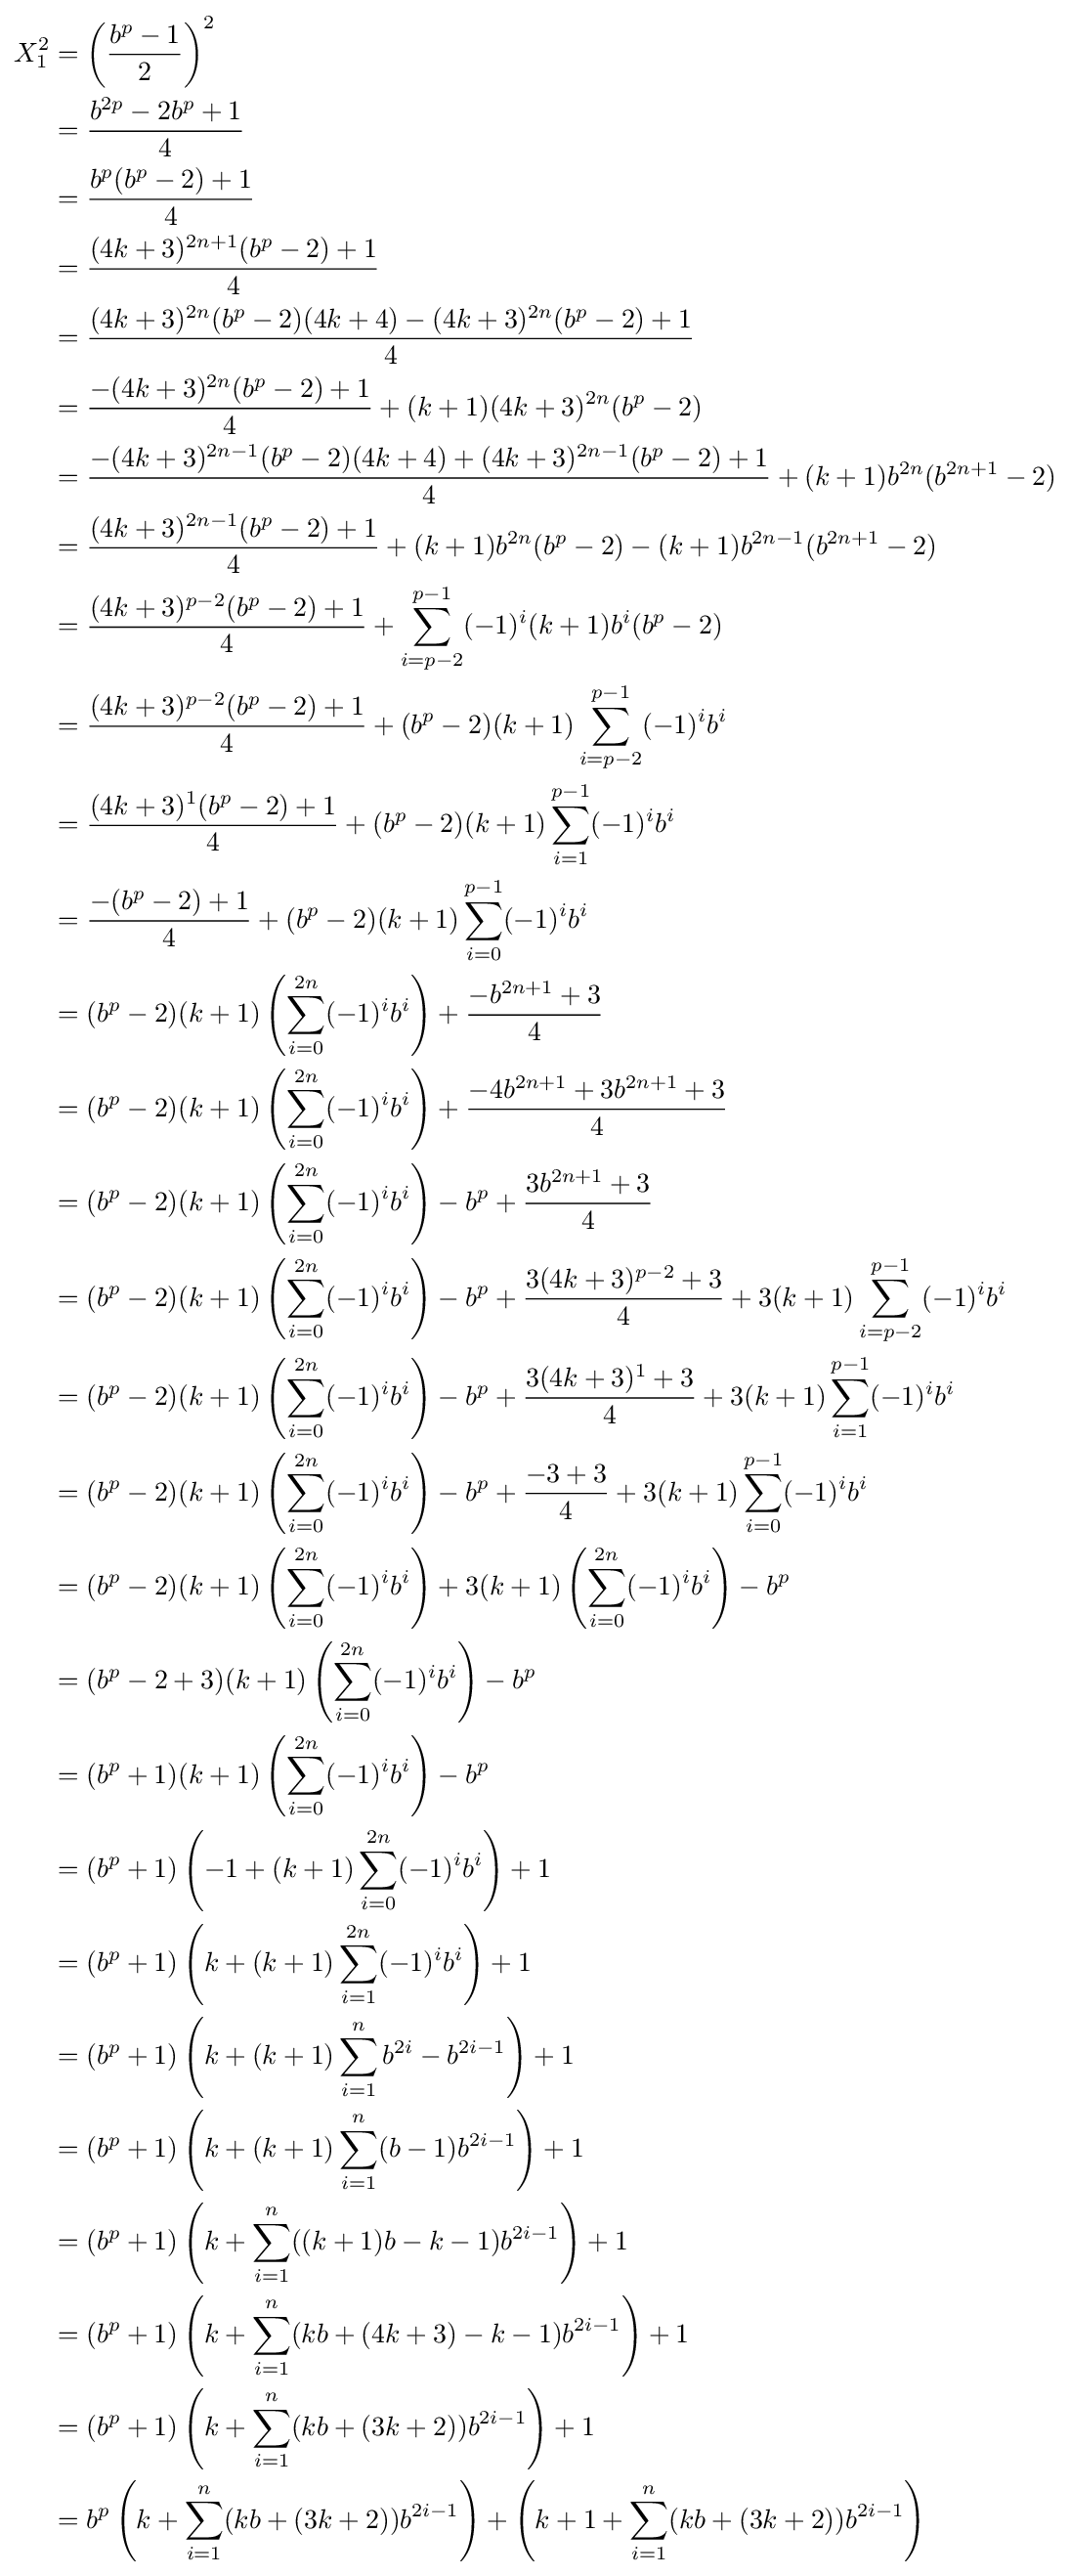
{\begin{aligned}X_{1}^{2}&=\left({\frac {b^{p}-1}{2}}\right)^{2}\\&={\frac {b^{2p}-2b^{p}+1}{4}}\\&={\frac {b^{p}(b^{p}-2)+1}{4}}\\&={\frac {(4k+3)^{2n+1}(b^{p}-2)+1}{4}}\\&={\frac {(4k+3)^{2n}(b^{p}-2)(4k+4)-(4k+3)^{2n}(b^{p}-2)+1}{4}}\\&={\frac {-(4k+3)^{2n}(b^{p}-2)+1}{4}}+(k+1)(4k+3)^{2n}(b^{p}-2)\\&={\frac {-(4k+3)^{2n-1}(b^{p}-2)(4k+4)+(4k+3)^{2n-1}(b^{p}-2)+1}{4}}+(k+1)b^{2n}(b^{2n+1}-2)\\&={\frac {(4k+3)^{2n-1}(b^{p}-2)+1}{4}}+(k+1)b^{2n}(b^{p}-2)-(k+1)b^{2n-1}(b^{2n+1}-2)\\&={\frac {(4k+3)^{p-2}(b^{p}-2)+1}{4}}+\sum _{i=p-2}^{p-1}(-1)^{i}(k+1)b^{i}(b^{p}-2)\\&={\frac {(4k+3)^{p-2}(b^{p}-2)+1}{4}}+(b^{p}-2)(k+1)\sum _{i=p-2}^{p-1}(-1)^{i}b^{i}\\&={\frac {(4k+3)^{1}(b^{p}-2)+1}{4}}+(b^{p}-2)(k+1)\sum _{i=1}^{p-1}(-1)^{i}b^{i}\\&={\frac {-(b^{p}-2)+1}{4}}+(b^{p}-2)(k+1)\sum _{i=0}^{p-1}(-1)^{i}b^{i}\\&=(b^{p}-2)(k+1)\left(\sum _{i=0}^{2n}(-1)^{i}b^{i}\right)+{\frac {-b^{2n+1}+3}{4}}\\&=(b^{p}-2)(k+1)\left(\sum _{i=0}^{2n}(-1)^{i}b^{i}\right)+{\frac {-4b^{2n+1}+3b^{2n+1}+3}{4}}\\&=(b^{p}-2)(k+1)\left(\sum _{i=0}^{2n}(-1)^{i}b^{i}\right)-b^{p}+{\frac {3b^{2n+1}+3}{4}}\\&=(b^{p}-2)(k+1)\left(\sum _{i=0}^{2n}(-1)^{i}b^{i}\right)-b^{p}+{\frac {3(4k+3)^{p-2}+3}{4}}+3(k+1)\sum _{i=p-2}^{p-1}(-1)^{i}b^{i}\\&=(b^{p}-2)(k+1)\left(\sum _{i=0}^{2n}(-1)^{i}b^{i}\right)-b^{p}+{\frac {3(4k+3)^{1}+3}{4}}+3(k+1)\sum _{i=1}^{p-1}(-1)^{i}b^{i}\\&=(b^{p}-2)(k+1)\left(\sum _{i=0}^{2n}(-1)^{i}b^{i}\right)-b^{p}+{\frac {-3+3}{4}}+3(k+1)\sum _{i=0}^{p-1}(-1)^{i}b^{i}\\&=(b^{p}-2)(k+1)\left(\sum _{i=0}^{2n}(-1)^{i}b^{i}\right)+3(k+1)\left(\sum _{i=0}^{2n}(-1)^{i}b^{i}\right)-b^{p}\\&=(b^{p}-2+3)(k+1)\left(\sum _{i=0}^{2n}(-1)^{i}b^{i}\right)-b^{p}\\&=(b^{p}+1)(k+1)\left(\sum _{i=0}^{2n}(-1)^{i}b^{i}\right)-b^{p}\\&=(b^{p}+1)\left(-1+(k+1)\sum _{i=0}^{2n}(-1)^{i}b^{i}\right)+1\\&=(b^{p}+1)\left(k+(k+1)\sum _{i=1}^{2n}(-1)^{i}b^{i}\right)+1\\&=(b^{p}+1)\left(k+(k+1)\sum _{i=1}^{n}b^{2i}-b^{2i-1}\right)+1\\&=(b^{p}+1)\left(k+(k+1)\sum _{i=1}^{n}(b-1)b^{2i-1}\right)+1\\&=(b^{p}+1)\left(k+\sum _{i=1}^{n}((k+1)b-k-1)b^{2i-1}\right)+1\\&=(b^{p}+1)\left(k+\sum _{i=1}^{n}(kb+(4k+3)-k-1)b^{2i-1}\right)+1\\&=(b^{p}+1)\left(k+\sum _{i=1}^{n}(kb+(3k+2))b^{2i-1}\right)+1\\&=b^{p}\left(k+\sum _{i=1}^{n}(kb+(3k+2))b^{2i-1}\right)+\left(k+1+\sum _{i=1}^{n}(kb+(3k+2))b^{2i-1}\right)\end{aligned}}